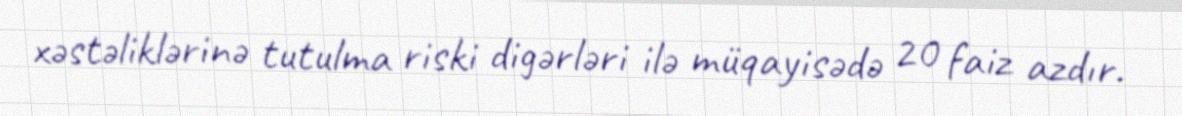
xəstəliklərinə tutulma riski digərləri ilə müqayisədə 20 faiz azdır.